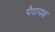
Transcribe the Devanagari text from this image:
पैदायश